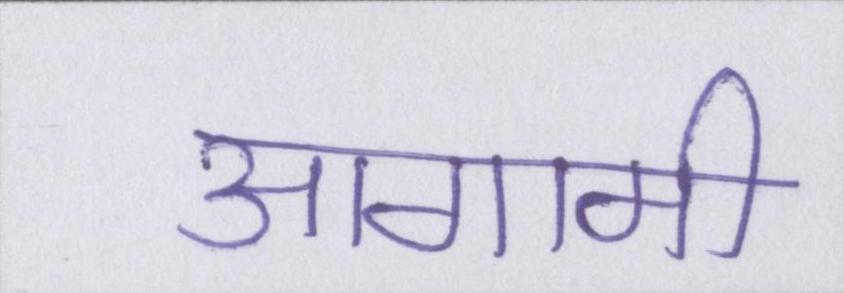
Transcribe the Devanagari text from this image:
आगामी